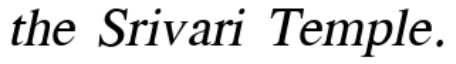
the Srivari Temple.